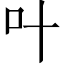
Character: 叶